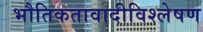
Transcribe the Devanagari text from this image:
भौतिकतावादीविश्लेषण